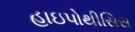
હાઇપોથીસિસ